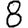
Digit: 8